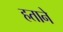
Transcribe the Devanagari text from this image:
हताने